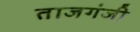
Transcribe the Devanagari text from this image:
ताजगंजी